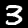
Label: 3